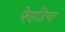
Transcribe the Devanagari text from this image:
फेइडिया